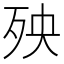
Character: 殃